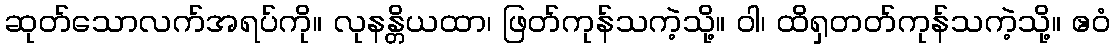
ဆုတ်သောလက်အရပ်ကို။ လုနန္တိယထာ၊ ဖြတ်ကုန်သကဲ့သို့။ ဝါ၊ ထိရှတတ်ကုန်သကဲ့သို့။ ဧဝံ